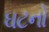
ઘટનો